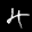
Label: 4